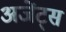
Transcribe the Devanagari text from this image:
अजेंट्स